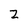
Character: 2